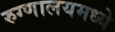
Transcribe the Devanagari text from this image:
रुग्णालयमध्ये